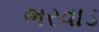
ભરવાડ